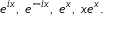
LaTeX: e ^ { i x } , \; e ^ { - i x } , \; e ^ { x } , \; x e ^ { x } .